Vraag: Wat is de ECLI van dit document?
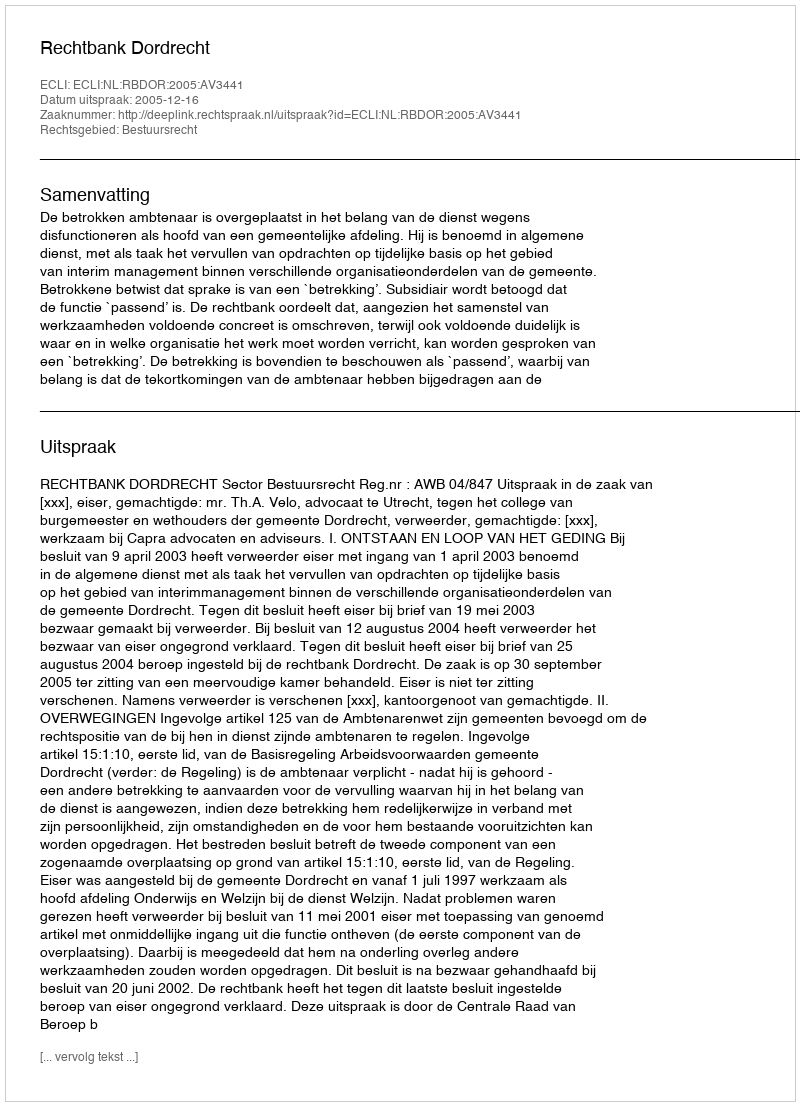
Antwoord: ECLI:NL:RBDOR:2005:AV3441